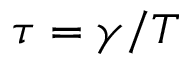
\tau = \gamma / T